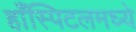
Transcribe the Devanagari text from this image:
हाँस्पिटलमध्ये